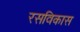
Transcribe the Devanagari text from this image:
रसविकास